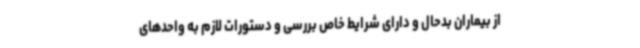
از بیماران بدحال و دارای شرایط خاص بررسی و دستورات لازم به واحدهای